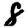
Digit: 8